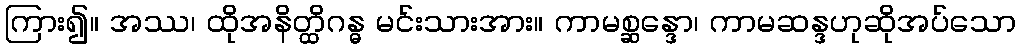
ကြား၍။ အဿ၊ ထိုအနိတ္ထိဂန္ဓ မင်းသားအား။ ကာမစ္ဆန္ဒော၊ ကာမဆန္ဒဟုဆိုအပ်သော